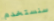
سنستخدم